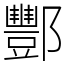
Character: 酆